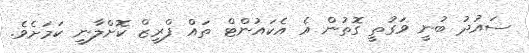
ސައުދު ބުނީ ވަގުތީ ގޮތުން އެ އެކައުންޓް ތައް ފްރީޒް ކޮށްލާނީ ކަމަށެވެ.